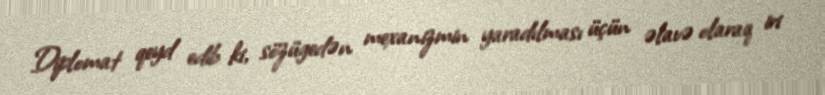
Diplomat qeyd edib ki, sözügedən mexanizmin yaradılması üçün əlavə olaraq iri